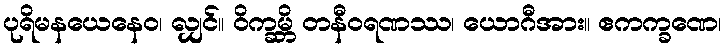
ပုရိမနယေနေဝ၊ လျှင်။ ဝိက္ခမ္ဘိ တနီဝရဏဿ၊ ယောဂီအား။ ဧကက္ခဏေ၊